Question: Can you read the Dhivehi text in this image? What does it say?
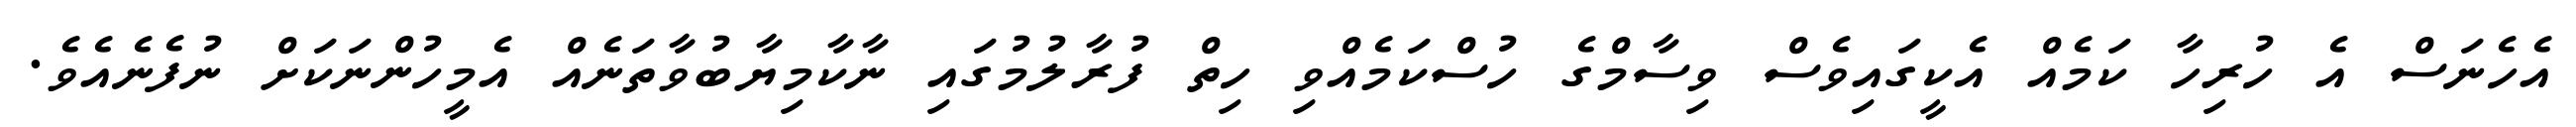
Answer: އެހެނަސް އެ ހުރިހާ ކަމެއް އެކީގައިވެސް ވިސާމްގެ ހުސްކަމެއްވި ހިތް ފުރާލުމުގައި ނާކާމިޔާބުވާތަނެއް އެމީހުންނަކަށް ނުފެނެއެވެ.